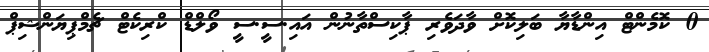
0 ކޮމެންޓް އިންޑާޔާ ބަލިކޮށް ވާދަވެރި ޕާކިސްތާނުން އައި.ސީ.ސީ ވޯލްޑް ކްރިކެޓް ޗެމްޕިޔަންޝިޕް